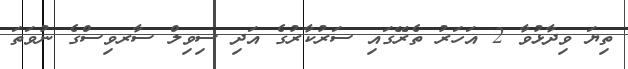
ތިޔަ ވިދާޅުވާ 2 އަހަރު ތެރޭގައި ސަރުކާރުގެ އަދި ސިވިލް ސާރވިސްގެ ނުވަތަ